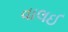
વાલઈ